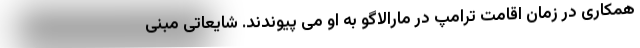
همکاری در زمان اقامت ترامپ در مارالاگو به او می پیوندند. شایعاتی مبنی